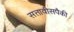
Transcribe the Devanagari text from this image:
सत्तावीसपैकी